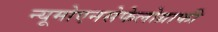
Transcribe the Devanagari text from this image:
न्यूमोएनसेफेलोग्राफी